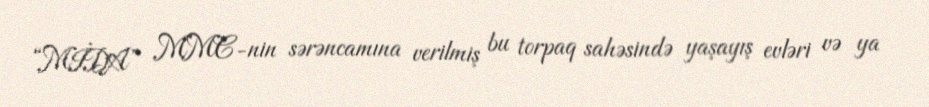
“MİDA” MMC-nin sərəncamına verilmiş bu torpaq sahəsində yaşayış evləri və ya